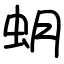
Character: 蚏